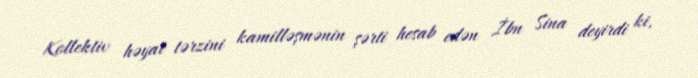
Kollektiv həyat tərzini kamilləşmənin şərti hesab edən İbn Sina deyirdi ki,